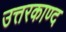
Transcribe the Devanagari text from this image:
उत्तरकाण्द